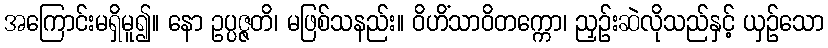
အကြောင်းမရှိမူ၍။ နော ဥပ္ပဇ္ဇတိ၊ မဖြစ်သနည်း။ ဝိဟိံသာဝိတက္ကော၊ ညှဉ်းဆဲလိုသည်နှင့် ယှဉ်သော